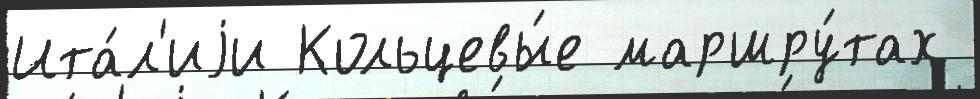
Ита́л'иjи Кольцевы́е маршру́тах